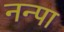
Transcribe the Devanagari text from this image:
नन्पा